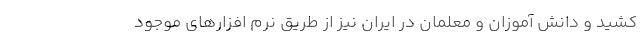
کشید و دانش آموزان و معلمان در ایران نیز از طریق نرم افزارهای موجود